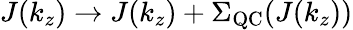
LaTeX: J(k_{z})\rightarrow J(k_{z})+\Sigma_{\mathrm{QC}}(J(k_{z}))